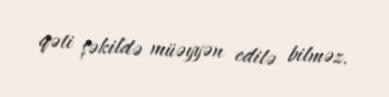
qəti şəkildə müəyyən edilə bilməz.